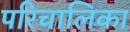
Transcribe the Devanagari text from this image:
परिचालिका